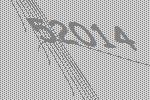
52014